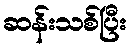
ဆန်းသစ်ပြီး